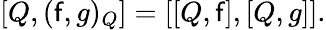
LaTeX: \left[Q,(\mathsf{f},g)_{Q}\right]=[[Q,\mathsf{f}],[Q,g]].